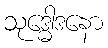
သုဒ္ဓေါဒနော